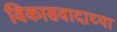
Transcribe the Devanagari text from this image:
विकासवादाच्या